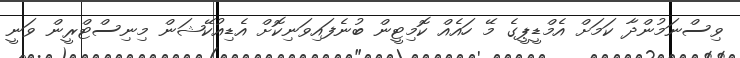
ވިސްނަމުންދާ ކަމަށް އެމްޑީޕީގެ މޭ ހައެއް ކޮމިޓީން ބުނެފައިވަނިކޮށް އެޑިއުކޭޝަން މިނިސްޓްރީން ވަނީ